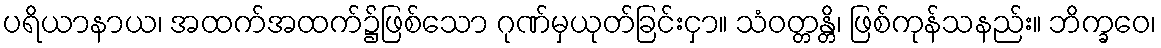
ပရိယာနာယ၊ အထက်အထက်၌ဖြစ်သော ဂုဏ်မှယုတ်ခြင်းငှာ။ သံဝတ္တန္တိ၊ ဖြစ်ကုန်သနည်း။ ဘိက္ခဝေ၊